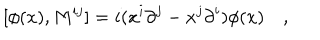
[ \phi ( x ) , M ^ { i j } ] = i ( x ^ { i } { \partial } ^ { j } - x ^ { j } { \partial } ^ { i } ) \phi ( x ) \quad ,